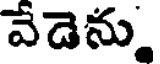
వేడెను.